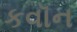
કવૉન